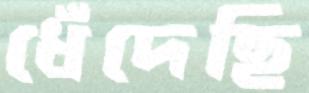
ধেঁদেছি